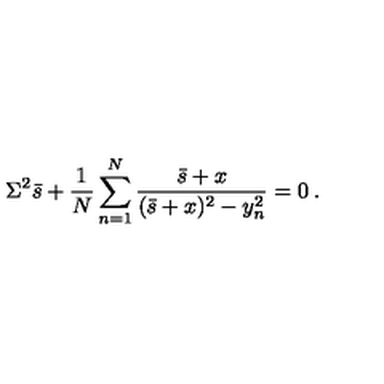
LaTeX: \Sigma ^ { 2 } \bar { s } + \frac { 1 } { N } \sum _ { n = 1 } ^ { N } \frac { \bar { s } + x } { ( \bar { s } + x ) ^ { 2 } - y _ { n } ^ { 2 } } = 0 \: .